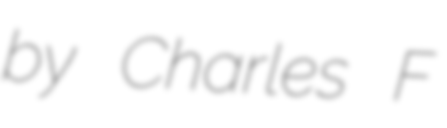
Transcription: by Charles F